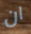
ان